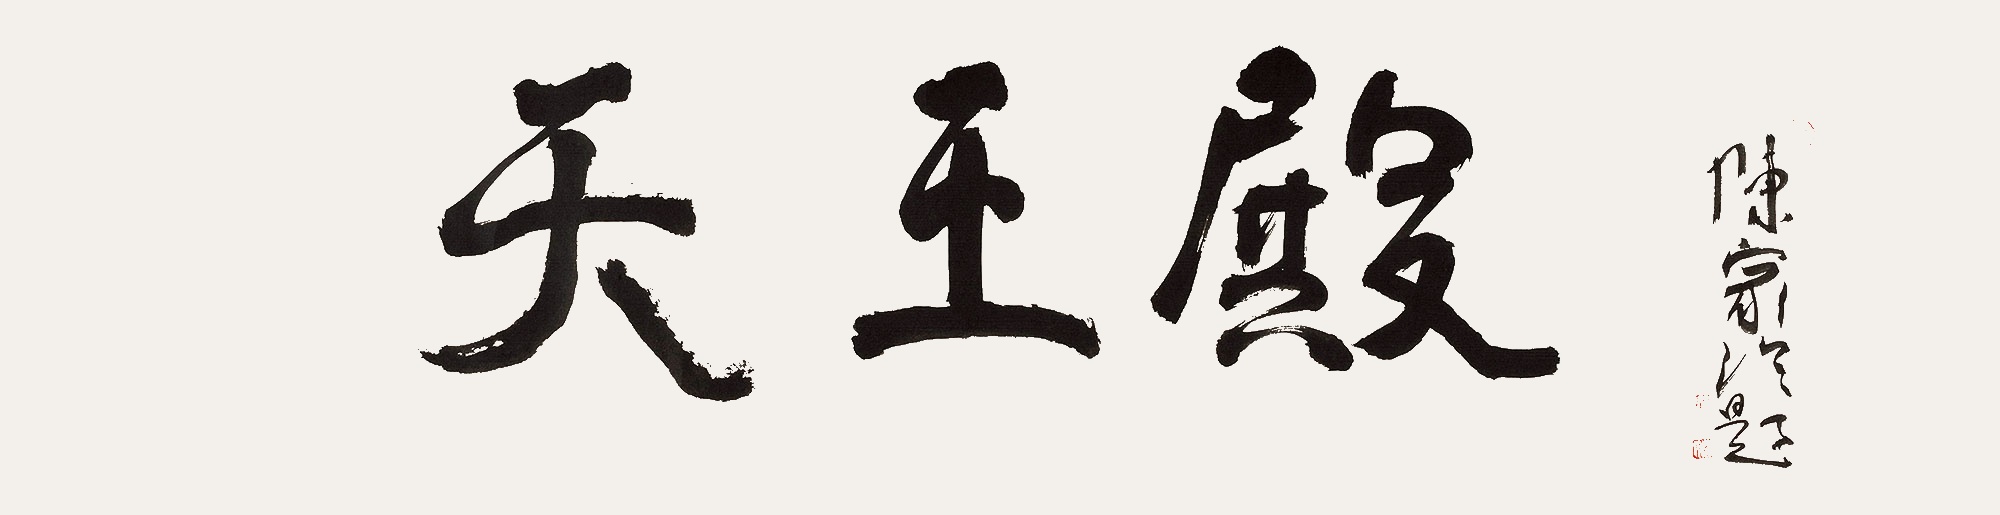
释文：天王殿陈家泠题。